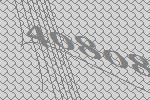
40808